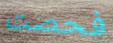
فحصت